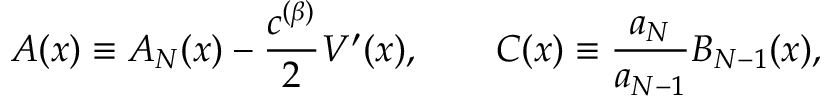
A ( x ) \equiv A _ { N } ( x ) - \frac { c ^ { ( \beta ) } } { 2 } V ^ { \prime } ( x ) , \qquad C ( x ) \equiv \frac { a _ { N } } { a _ { N - 1 } } B _ { N - 1 } ( x ) ,